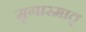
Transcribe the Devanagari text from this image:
मृगारमातृ